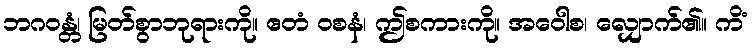
ဘဂဝန္တံ၊ မြတ်စွာဘုရားကို။ ဧတံ ဝစနံ၊ ဤစကားကို။ အဝေါစ၊ လျှောက်၏။ ကိံ